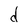
Character: d